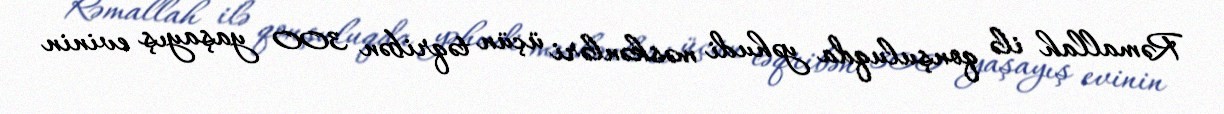
Rəmallah ilə qonşuluqda yəhudi məskənləri üçün təqribən 300 yaşayış evinin